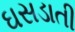
ઘસડાતી